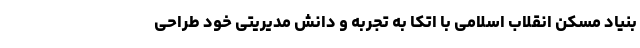
بنیاد مسکن انقلاب اسلامی با اتکا به تجربه و دانش مدیریتی خود طراحی